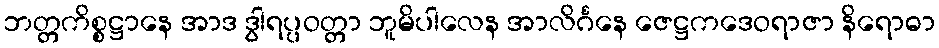
ဘတ္တကိစ္စဋ္ဌာနေ အာဒ ဒွါရပ္ပဝတ္တာ ဘူမိပါလေန အာလိင်္ဂနေ ဇေဋ္ဌကဒေဝရာဇာ နိရောဓာ